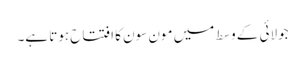
جولائی کے وسط میں مون سون کا افتتاح ہوتا ہے۔